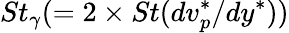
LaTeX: St_{\gamma}(=2\times St(dv_{p}^{*}/dy^{*}))